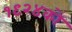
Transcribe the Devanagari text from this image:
१९२४को